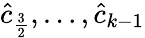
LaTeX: \hat{c}_{\frac 32},\ldots,\hat{c}_{k-1}